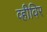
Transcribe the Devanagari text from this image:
व्हीविर